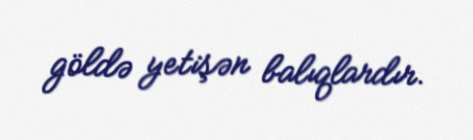
göldə yetişən balıqlardır.